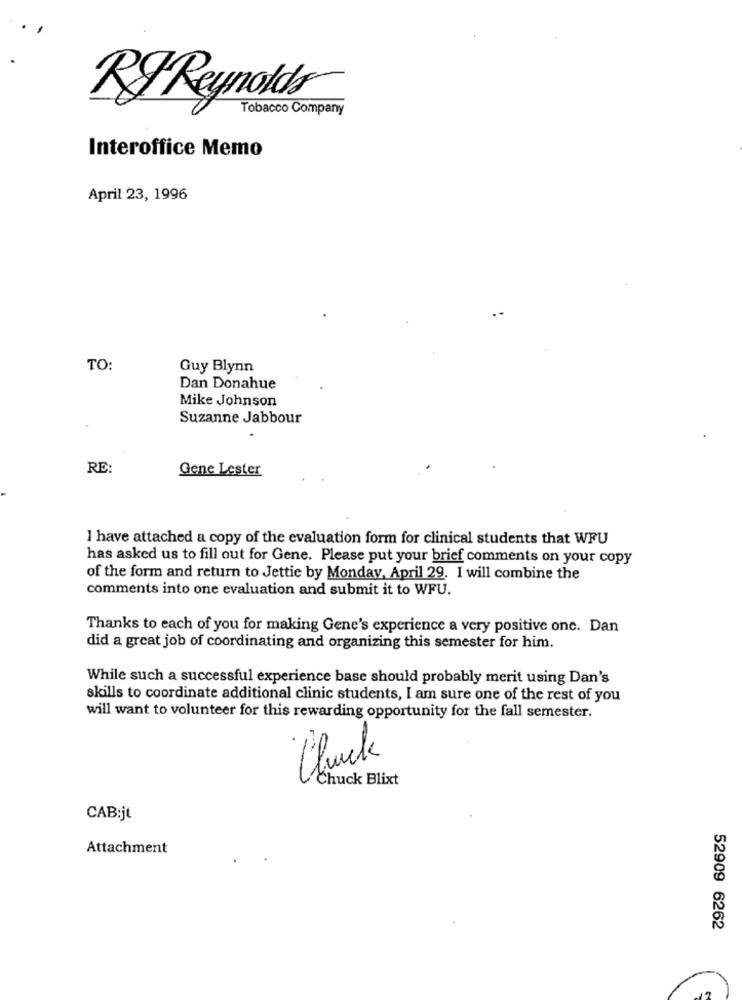
RIReynolds
Tobacco Company
Interoffice Memo
April 23, 1996
TO:
Guy Blynn
Dan Donahue
Mike Johnson
Suzanne Jabbour
RE:
Gene Lester
I have attached a copy of the evaluation form for clinical students that WFU
has asked us to fill out for Gene. Please put your brief comments on your copy
of the form and return to Jettie by Monday, April 29. I will combine the
comments into one evaluation and submit it to WFU.
Thanks to each of you for making Gene's experience a very positive one. Dan
did a great job of coordinating and organizing this semester for him.
While such a successful experience base should probably merit using Dan's
skills to coordinate additional clinic students, I am sure one of the rest of you
will want to volunteer for this rewarding opportunity for the fall semester.
Chuck Blixt
CAB:jt
Attachment
52909 6262